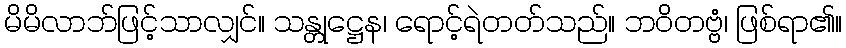
မိမိလာဘ်ဖြင့်သာလျှင်။ သန္တုဋ္ဌေန၊ ရောင့်ရဲတတ်သည်။ ဘဝိတဗ္ဗံ၊ ဖြစ်ရာ၏။